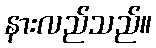
နားလည်သည်။